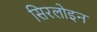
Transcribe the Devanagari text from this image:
सिरलोइन